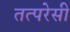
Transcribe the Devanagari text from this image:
तत्परेसी